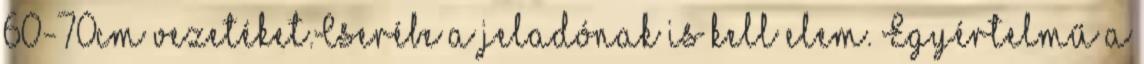
60-70cm vezetéket.Cserébe a jeladónak is kell elem. Egyértelmű a